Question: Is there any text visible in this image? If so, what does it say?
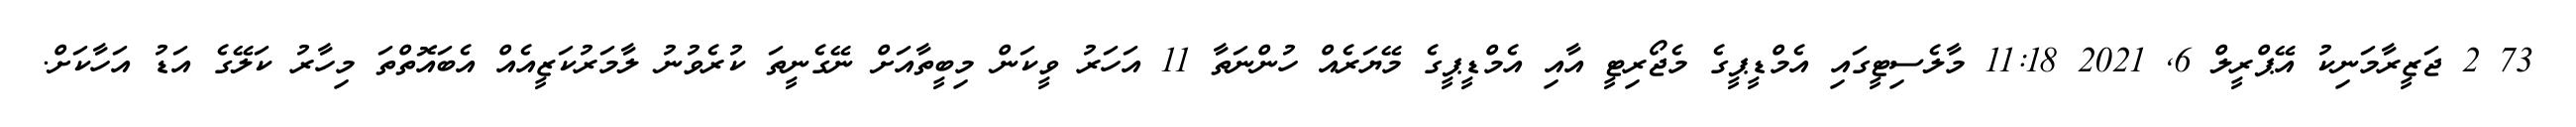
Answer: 73 2 ޖަޒީރާމަނިކު އޭޕްރީލް 6, 2021 11:18 މާލެސިޓީގައި އެމްޑީޕީގެ މެޖޯރިޓީ އާއި އެމްޑީޕީގެ މޭޔަރެއް ހުންނަތާ 11 އަހަރު ވީކަން މިބީތާއަށް ނޭގެނީތަ ކުރެވުނު ލާމަރުކަޒީއެއް އެބައޮތްތަ މިހާރު ކަލޭގެ އަޑު އަހާކަށް.